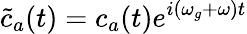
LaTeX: \tilde{c}_{a}(t)=c_{a}(t)e^{i(\omega_{g}+\omega)t}